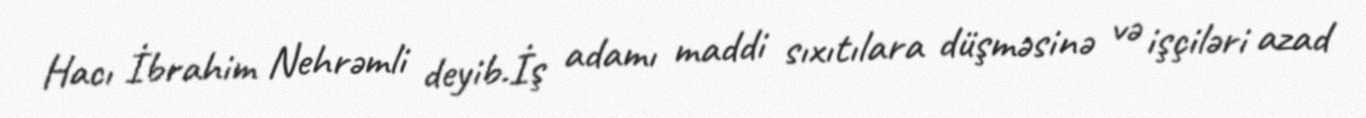
Hacı İbrahim Nehrəmli deyib.İş adamı maddi sıxıtılara düşməsinə və işçiləri azad